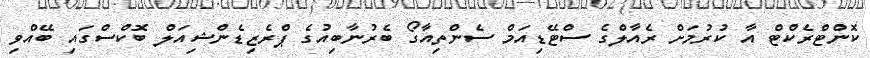
ކޮންޓްރެކްޓް އާ ކުރުމަށް ރެއާލްގެ ސްޓޭޑިއަމް ސެންތިއާގޯ ބެރުނާބިއުގެ ޕްރެޒިޑެންޝިއަލް ބޮކްސްގައި ބޭއްވި